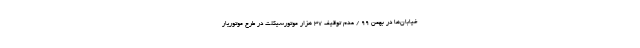
خیابان‌ها در بهمن 99 / عدم توقیف ۳۷ هزار موتورسیکلت در طرح موتوریار